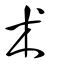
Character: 术